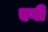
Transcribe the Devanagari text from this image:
एगी